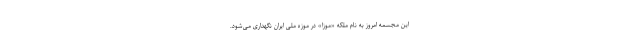
این مجسمه امروز به نام ملکه «موزا» در موزه ملی ایران نگهداری می‌شود.